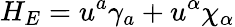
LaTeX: H_{E}=u^{a}\gamma_{a}+u^{\alpha}\chi_{\alpha}